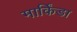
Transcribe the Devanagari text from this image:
मार्किंडा